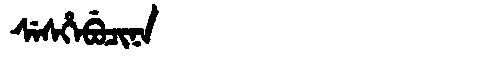
Manchu: ᠰᡝᠰᡥᡝᠪᡠᠴᡳᠨᠠ
Romanization: SESHEBUCINA